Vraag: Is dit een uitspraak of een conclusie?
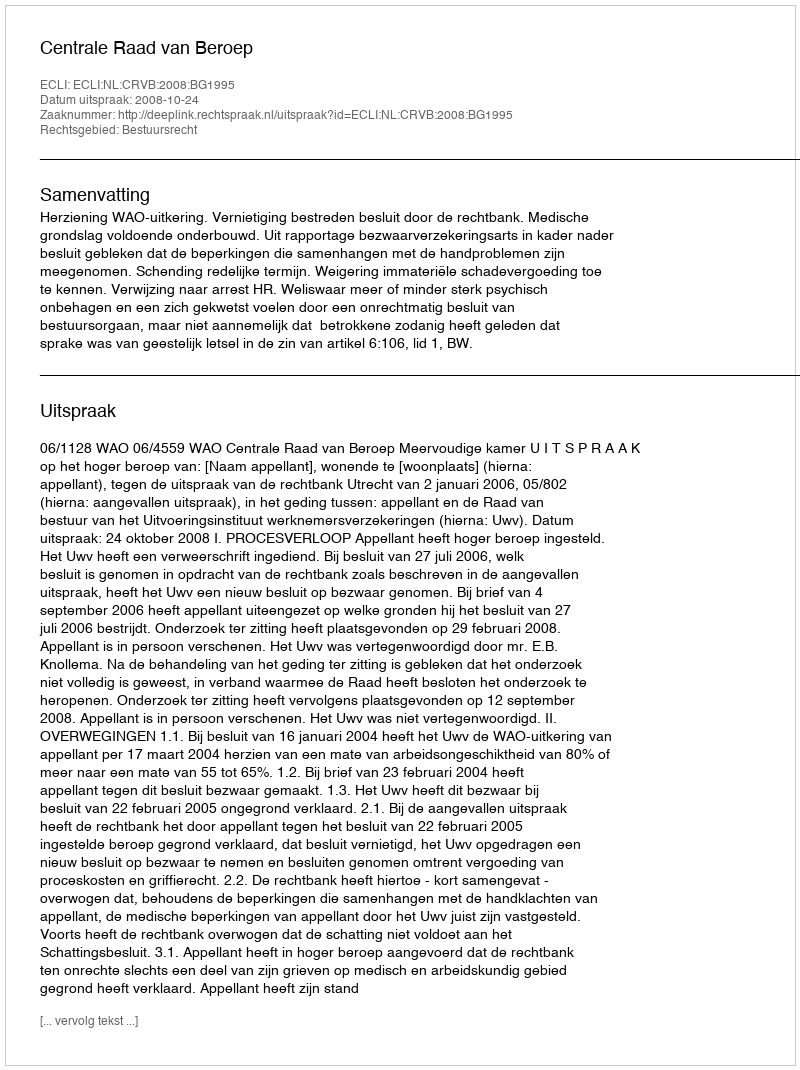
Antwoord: Uitspraak